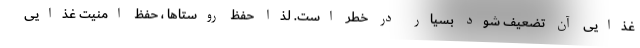
غذایی آن تضعیف شود بسیار در خطر است. لذا حفظ روستاها ، حفظ امنیت غذایی